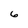
Character: 6